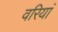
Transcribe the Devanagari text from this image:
वरियां